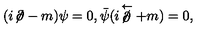
( i \! \not \! \partial - m ) \psi = 0 , \bar { \psi } ( i \! \not \stackrel { \leftarrow } { \partial } + m ) = 0 ,